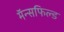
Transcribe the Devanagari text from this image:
मॅन्सफिल्ड